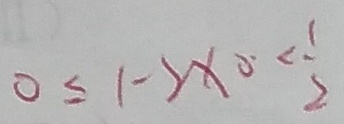
0 \leq 1 - 2 x _ { 0 } < \frac { 1 } { 2 }